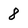
Character: 8